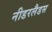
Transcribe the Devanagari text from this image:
नीडरलैडस